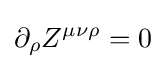
\partial _{\rho }Z^{\mu \nu \rho }=0